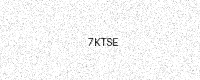
Text: 7KTSE